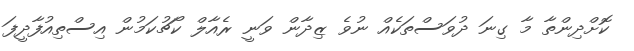
ކޮށްދިންތާ މާ ގިނަ ދުވަސްތަކެއް ނުވެ ޒިދާން ވަނީ ރެއާލް ކޯޗުކަމުން އިސްތިއުފާދީފަ